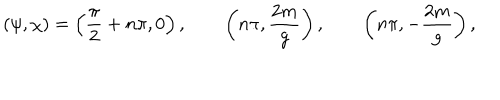
( \psi , \chi ) = \left( { \frac { \pi } { 2 } } + n \pi , 0 \right) , \qquad \left( n \pi , { \frac { 2 m } { g } } \right) , \qquad \left( n \pi , - { \frac { 2 m } { g } } \right) ,